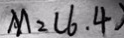
M _ { 2 } ( 6 . 4 )